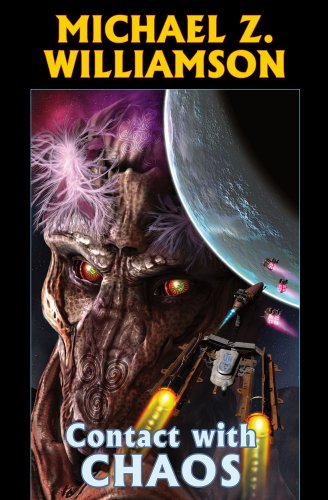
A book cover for Contact with Chaos (Freehold Series); Michael Z. Williamson; Science Fiction & Fantasy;